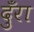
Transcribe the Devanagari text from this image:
दुँरा